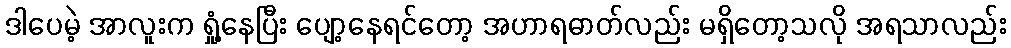
ဒါပေမဲ့ အာလူးက ရှုံ့နေပြီး ပျော့နေရင်တော့ အဟာရဓာတ်လည်း မရှိတော့သလို အရသာလည်း